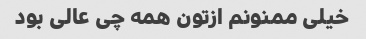
خیلی ممنونم ازتون همه چی عالی بود